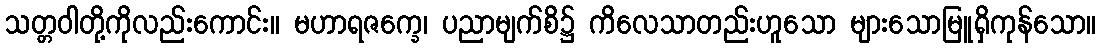
သတ္တဝါတို့ကိုလည်းကောင်း။ မဟာရဇက္ခေ၊ ပညာမျက်စိ၌ ကိလေသာတည်းဟူသော များသောမြူရှိကုန်သော။